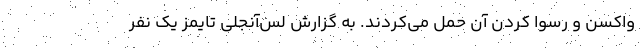
واکسن و رسوا کردن آن حمل می‌کردند. به گزارش لس‌آنجلی تایمز یک نفر